system: You are a helpful assistant.
user:
Analyze the provided spectrum to determine if it is a **M-type Giant (gM)**.

A M-type Giant spectrum is defined by its **strong molecular absorption** features, particularly from **Titanium Oxide (TiO)**. You must check for one of the following mutually exclusive signatures:

- **Key Visual Indicators (Absorption-Dominated Spectrum):**

    - **(Primary):** The spectrum is dominated by strong molecular absorption from **Titanium Oxide (TiO)**. This is the **defining feature** of its M-type temperature class.
        - **(Key Bandheads):** Look for sharp, "saw-tooth" absorption valleys. The strongest are located near **~7050 Å**, **~6160 Å**, and **~5170 Å**.
        - **(Line Profile):** The "saw-tooth" morphology is critical: a **sharp, steep drop on the BLUE (short-wavelength) side** of the bandhead, followed by a gradual recovery (rising flux) towards the RED (long-wavelength) side.

    - **(Key Confirmation - Giant vs. Dwarf):** **ABSENCE** of strong **Calcium Hydride (CaH)** molecular bands. This is the primary diagnostic for *excluding* M-dwarfs.
        - **(Key Region):** The spectrum should lack the strong, broad absorption band seen in dwarfs between **~6800 Å and ~7000 Å**.

    - **(Secondary Confirmation - Giant):** A very strong and broad **Neutral Calcium (Ca I)** atomic absorption line.
        - **(Key Line):** Located at **~4226 Å**. In a giant (gM), this line is significantly deeper and broader than the same line in an M-dwarf (dM) due to low surface gravity.

    - **(Overall Spectrum):**
        - The continuum is **extremely red-sloping** (i.e., flux is very low in the blue and rises dramatically towards the red).
        - The entire spectrum appears "chopped up" by the deep TiO bands.

Think first, call **spectral_visualization_tool** if needed to examine features in detail, then provide your final answer. Your response must adhere to the following strict rules:
1.  **Overall Structure:** Your response must follow the format `<think>...</think> <tool_call>...</tool_call> (if a tool is used) <answer>...</answer>`.
2.  **Tool Usage Constraint:** You may only make **one** tool call per turn.
3.  **Final Answer Format:** In the `<answer>` tag, your conclusion must be inside a `\boxed{}` command (e.g., `\boxed{YES}` or `\boxed{NO}`), followed by your justification.

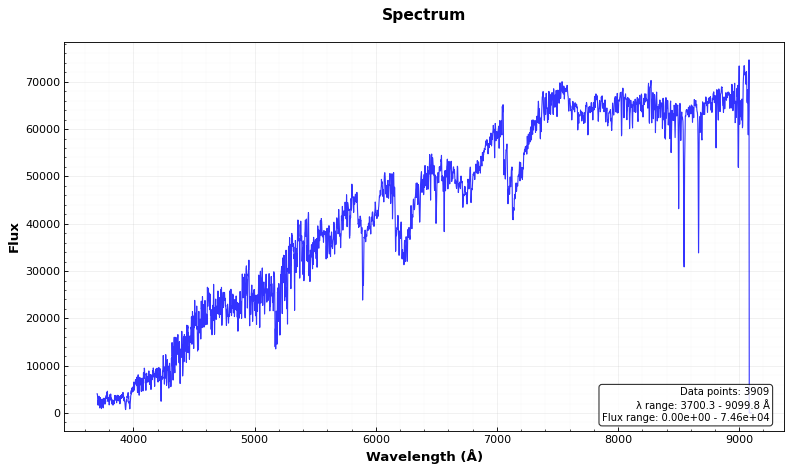
Answer: YES